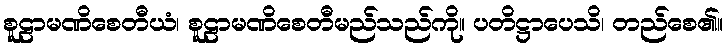
စူဠာမဏိစေတီယံ၊ စူဠာမဏိစေတီမည်သည်ကို။ ပတိဋ္ဌာပေသိ၊ တည်စေ၏။